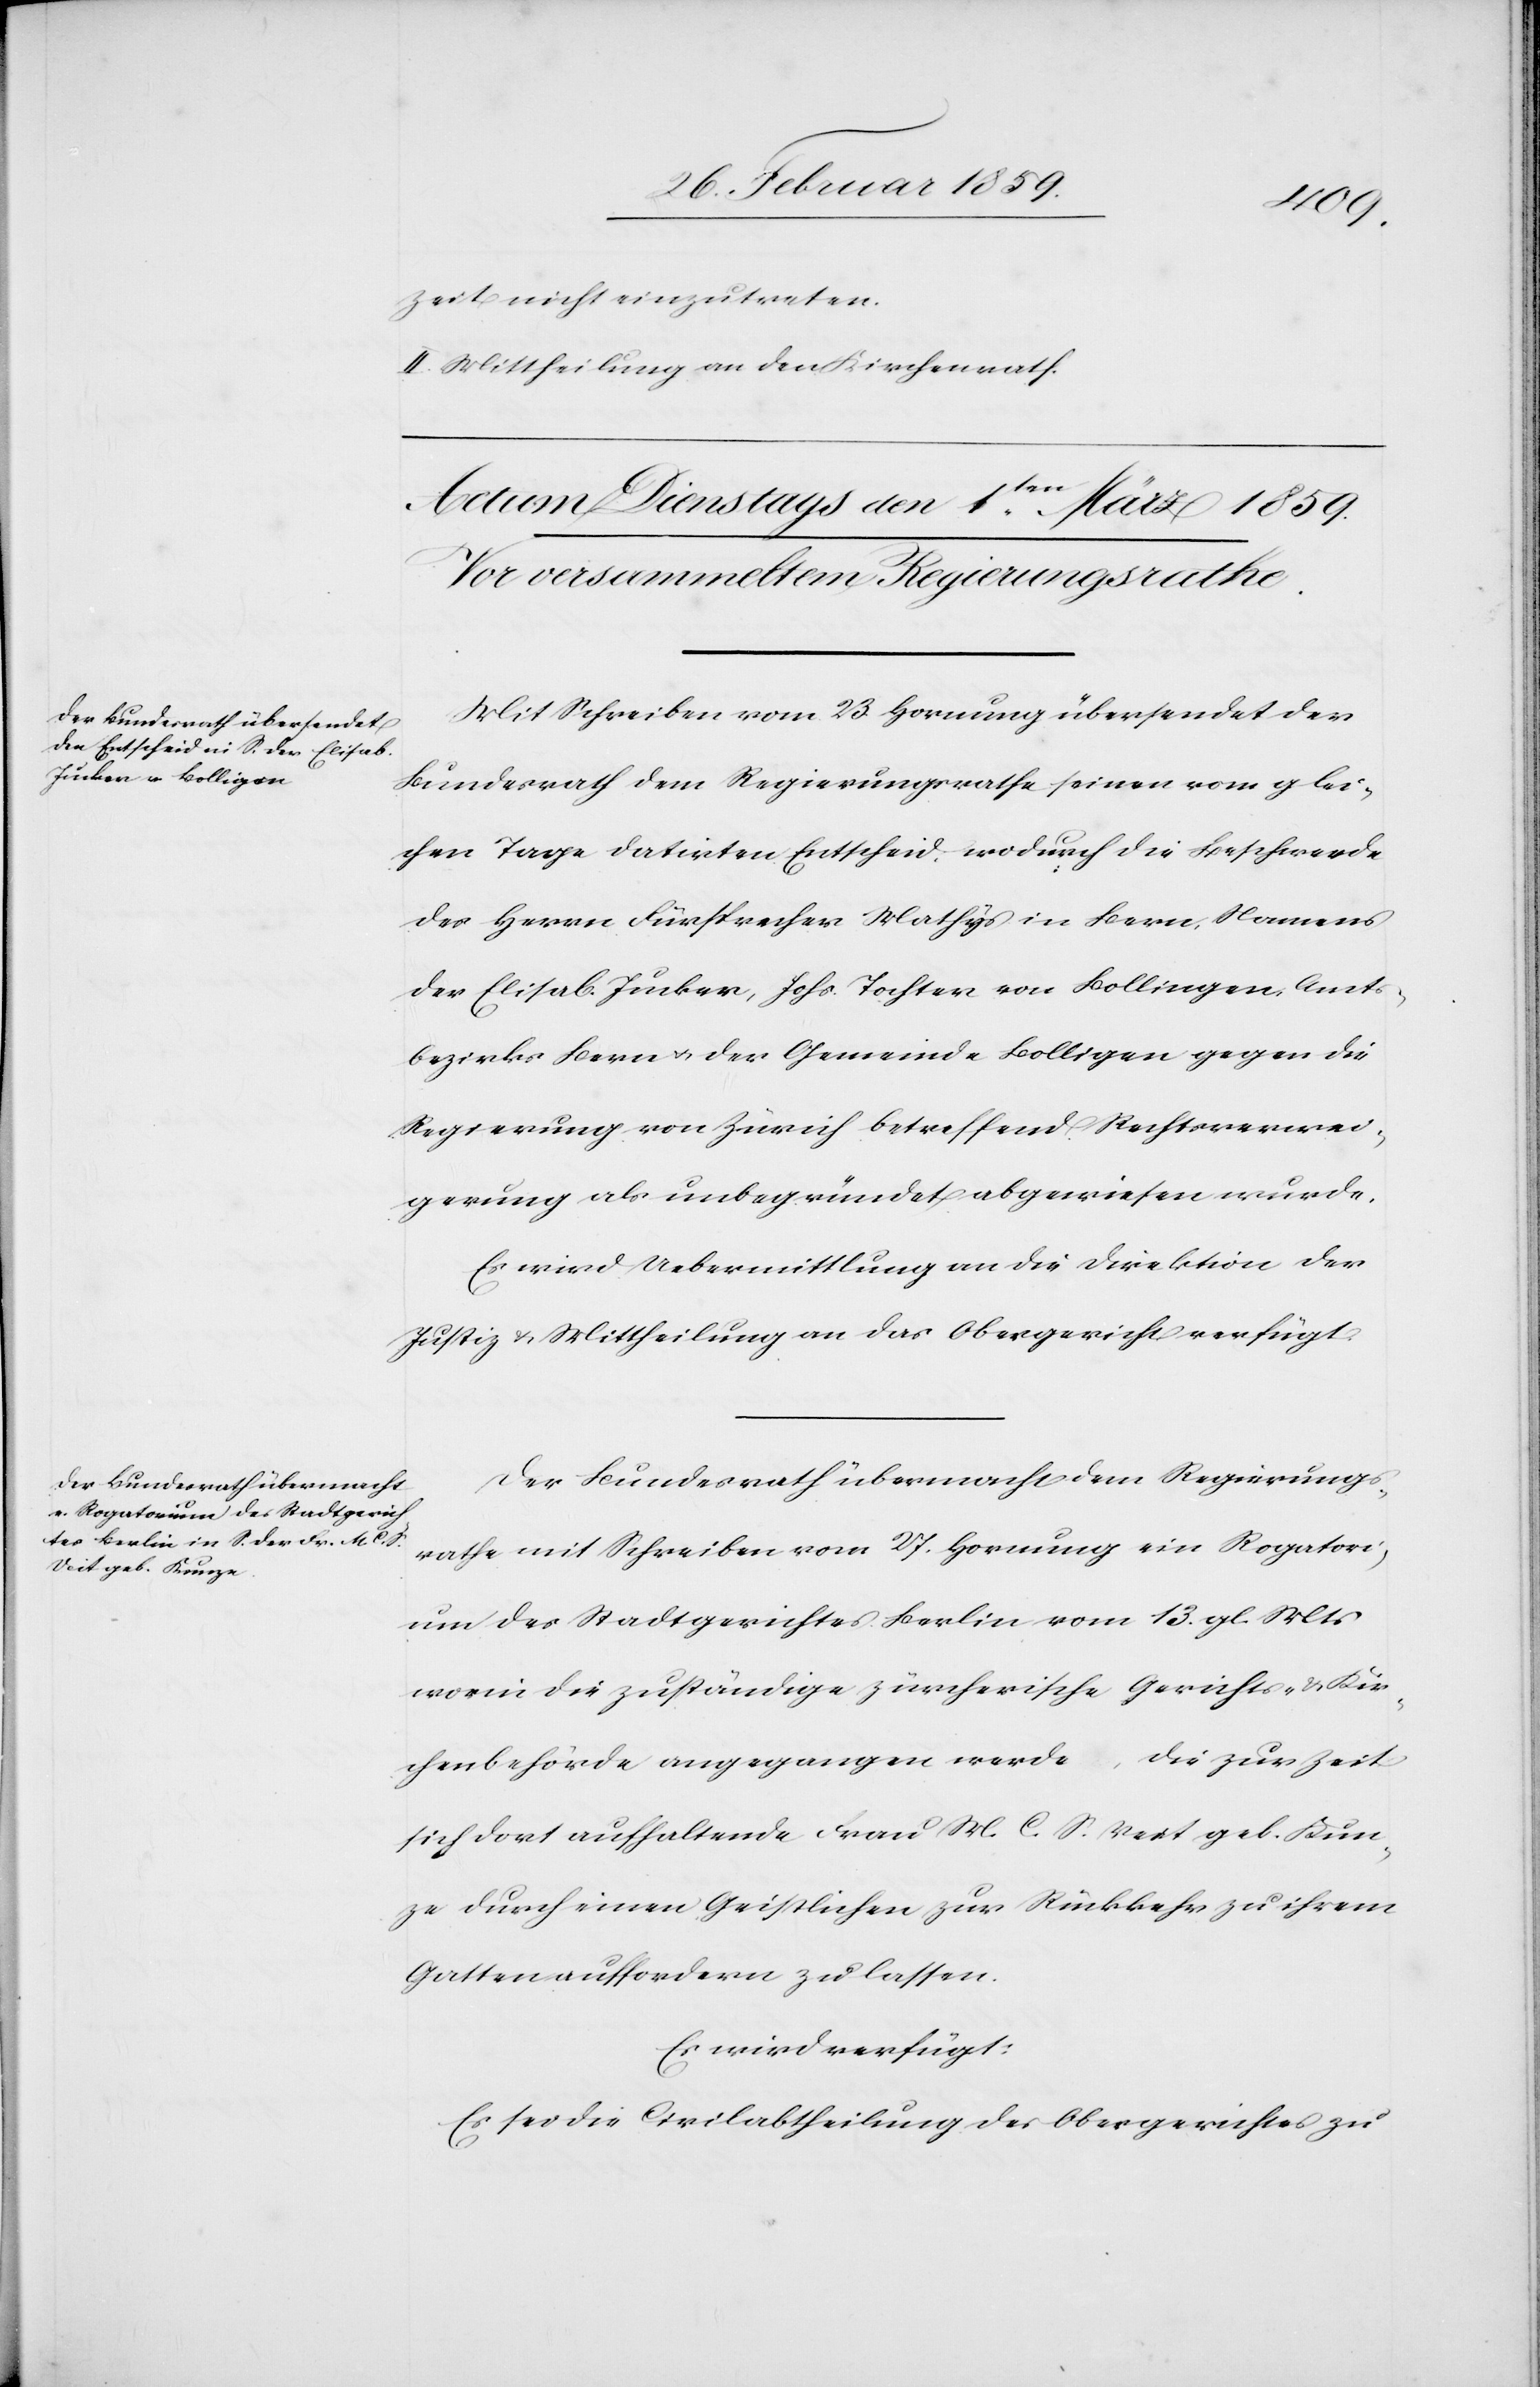
Zeit nicht einzutreten.
II. Mittheilung an den Kirchenrath.
Mit Schreiben vom 23. Hornung übersendet der
Bundesrath dem Regierungsrathe seinen vom glei¬
chen Tage datirten Entscheid, wodurch die Beschwerde
des Herrn Fürsprecher Mathys in Bern, Namens
der Elisab. Jucker, Johs. Tochter von Bolligen, Amts¬
bezirks Bern u. der Gemeinde Bolligen gegen die
Regierung von Zürich betreffend Rechtsverwei¬
gerung als unbegründet abgewiesen wurde.
Es wird Uebermittlung an die Direktion der
Justiz u. Mittheilung an das Obergericht verfügt.
Der Bundesrath übermacht dem Regierungs¬
rathe mit Schreiben vom 27. Hornung ein Rogatori¬
um des Stadtgerichtes Berlin vom 13. gl. Mts
worin die zuständige zürcherische Gerichts- & Kir¬
chenbehörde angegangen werde, die zur Zeit
sich dort aufhaltende Frau M. C. S. Veit geb. Kun¬
ze durch einen Geistlichen zur Rückkehr zu ihrem
Gatten auffordern zu lassen.
Es wird verfügt:
Es sei die Civilabtheilung des Obergerichtes zu